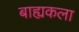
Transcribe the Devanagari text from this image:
बाह्यकला